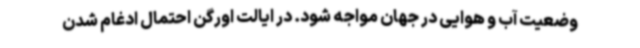
وضعیت آب و هوایی در جهان مواجه شود. در ایالت اورگن احتمال ادغام شدن